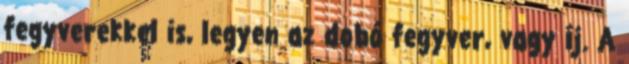
fegyverekkel is, legyen az dobó fegyver, vagy íj. A